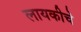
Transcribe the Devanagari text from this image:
लायकीचे